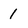
Character: 1